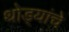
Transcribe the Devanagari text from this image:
थोड्यांचे